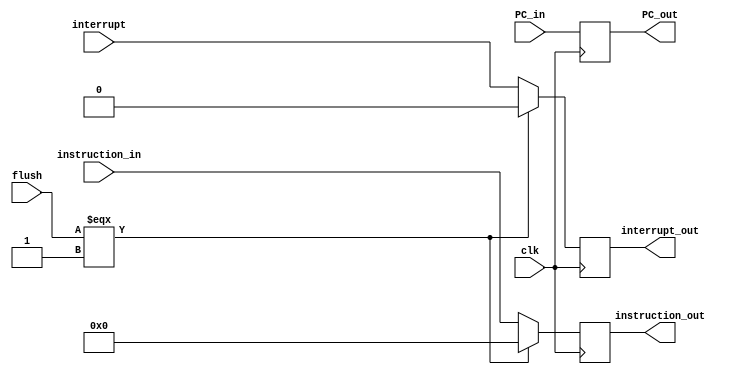
//F/D Buffer 
/*
Buffer between Fetch and Decode Stages
inputs:
  -instruction_in(32 bit):input instruction
  -clk:clock
  -flush: signal to flush the buffer
  -PC

output:
  -instruction_out(32 bit):output instruction  
  -PC

*/
module FD_Buffer (instruction_in,PC_in,clk,interrupt,flush,instruction_out,PC_out,interrupt_out);
input [15:0]instruction_in;
input [31:0]PC_in;
input clk, flush, interrupt;
output reg [15:0]instruction_out;
output reg [31:0]PC_out;
output reg interrupt_out;

always @(posedge clk)
begin
PC_out = PC_in;
if(flush===1'b1) begin
  instruction_out = 15'b0;
  interrupt_out = 1'b0;
end else begin
  instruction_out = instruction_in;
  interrupt_out = interrupt;
end
end
endmodule